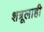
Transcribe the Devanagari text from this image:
शत्रूलाही